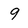
Character: 9